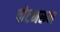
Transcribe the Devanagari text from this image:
पोटभरून